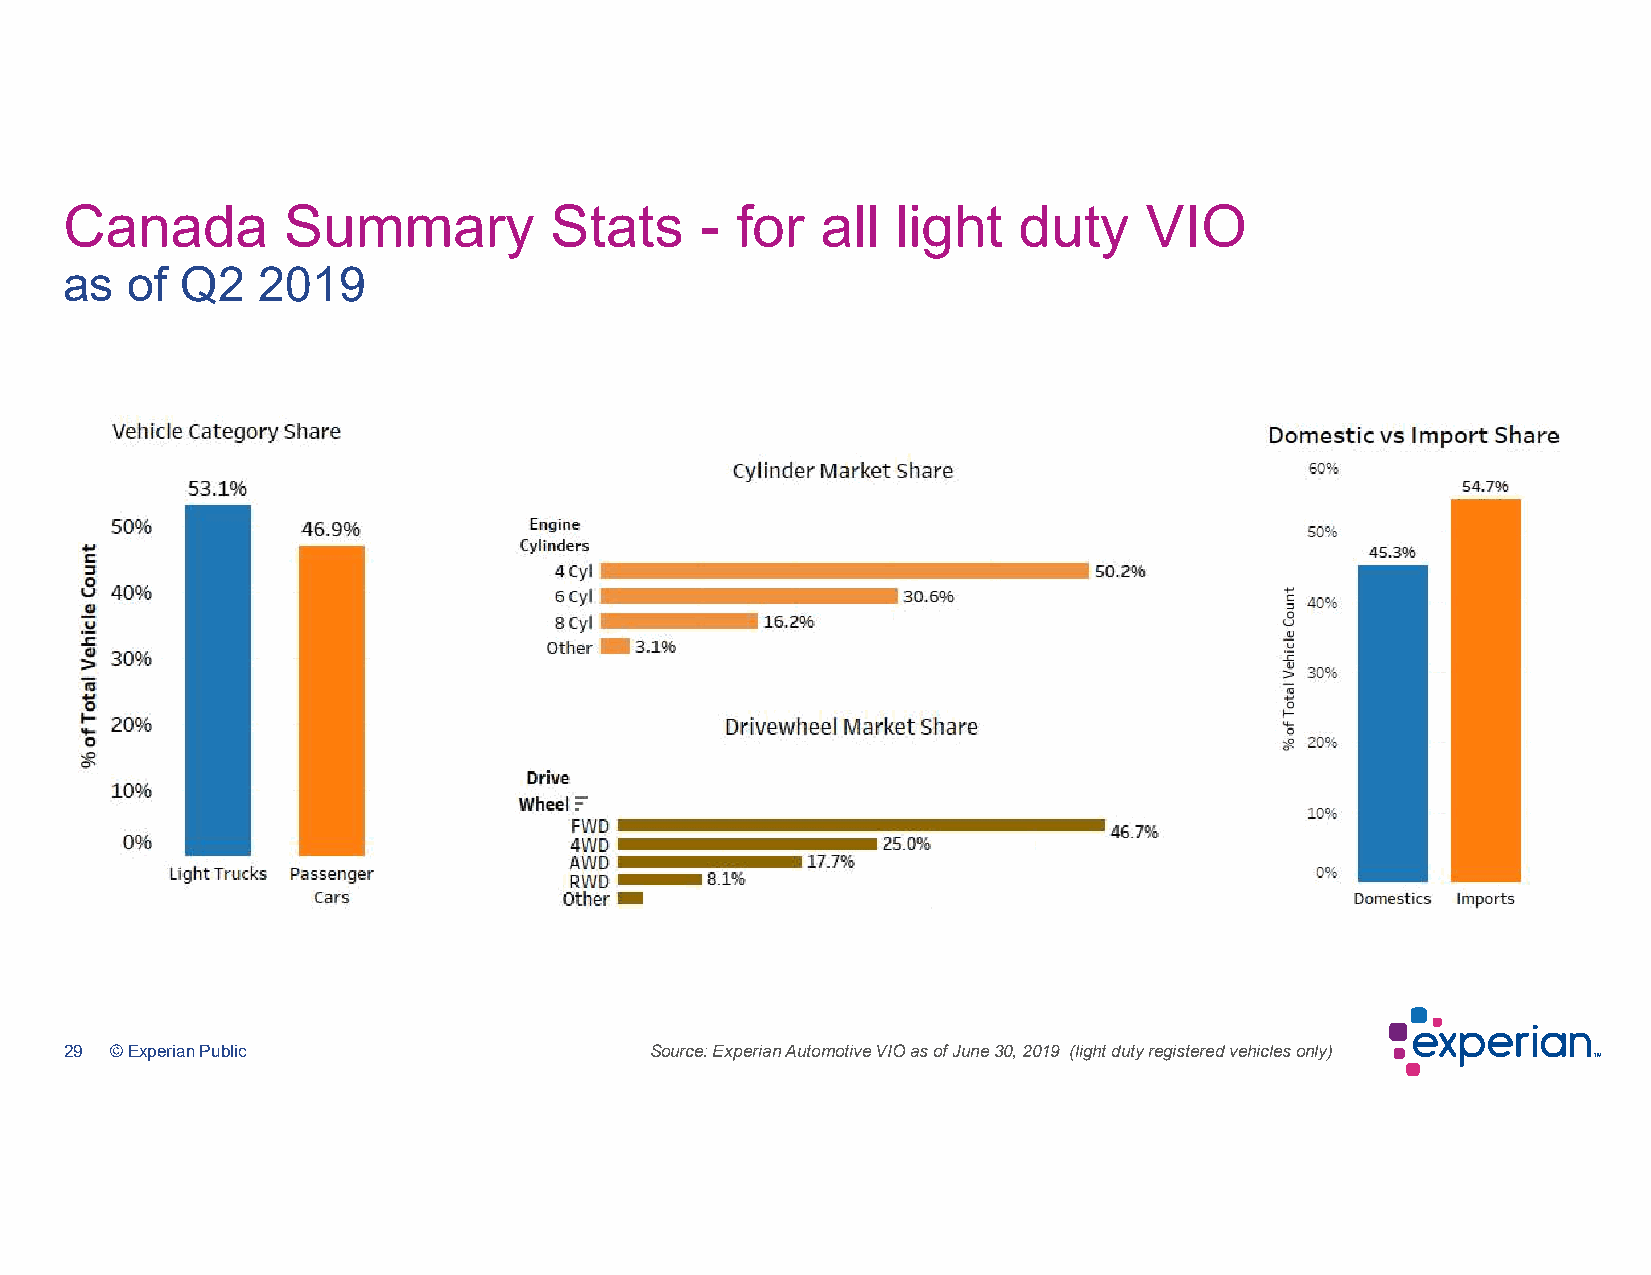
Canada         Summary          Stats     -  for  all  light   duty     VIO
 as  of  Q2   2019
 29 © Experian Public                   Source: Experian Automotive VIO as of June 30, 2019 (light duty registered vehicles only)